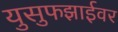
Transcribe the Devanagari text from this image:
युसुफझाईवर